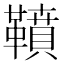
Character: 䩿